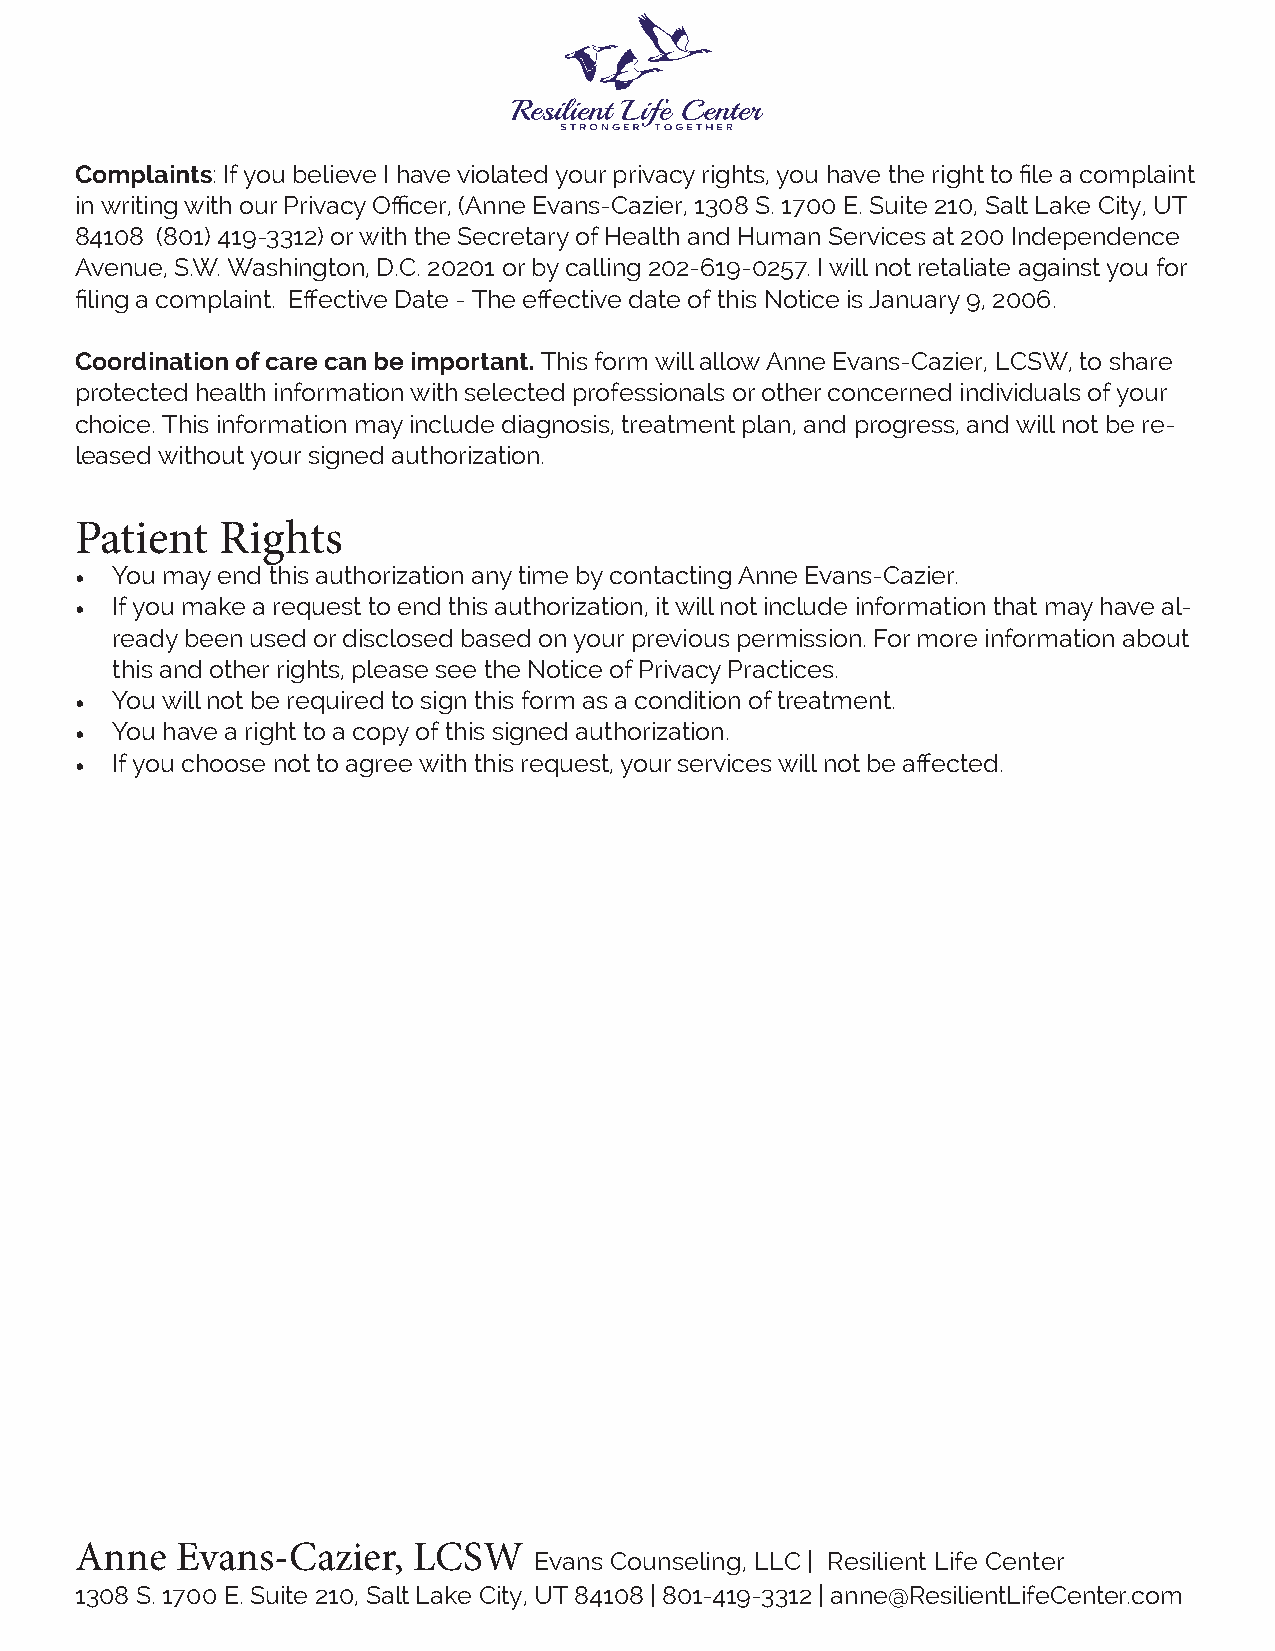
Complaints: If you believe I have violated your privacy rights, you have the right to file a complaint
 in writing with our Privacy Officer, (Anne Evans-Cazier, 1308 S. 1700 E. Suite 210, Salt Lake City, UT
 84108 (801) 419-3312) or with the Secretary of Health and Human Services at 200 Independence
 Avenue, S.W. Washington, D.C. 20201 or by calling 202-619-0257. I will not retaliate against you for
 filing a complaint. Effective Date - The effective date of this Notice is January 9, 2006.
 Coordination of care can be important. This form will allow Anne Evans-Cazier, LCSW, to share
 protected health information with selected professionals or other concerned individuals of your
 choice. This information may include diagnosis, treatment plan, and progress, and will not be re-
 leased without your signed authorization.
 Patient   Rights
 • You may end this authorization any time by contacting Anne Evans-Cazier.
 • If you make a request to end this authorization, it will not include information that may have al-
 ready been used or disclosed based on your previous permission. For more information about
 this and other rights, please see the Notice of Privacy Practices.
 • You will not be required to sign this form as a condition of treatment.
 • You have a right to a copy of this signed authorization.
 • If you choose not to agree with this request, your services will not be affected.
 Anne   Evans-Cazier,  LCSW
 Evans Counseling, LLC | Resilient Life Center
 1308 S. 1700 E. Suite 210, Salt Lake City, UT 84108 | 801-419-3312 | anne@ResilientLifeCenter.com